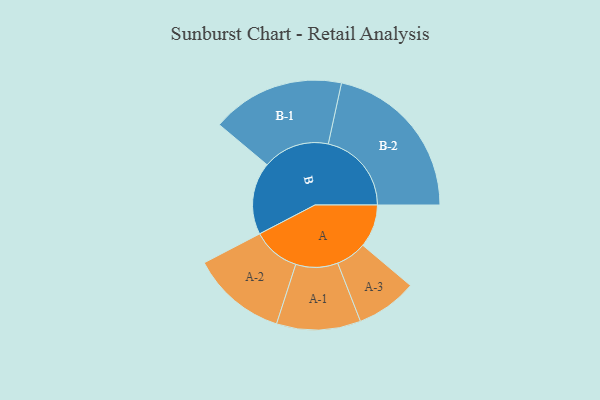
{"axis": {"x": "Segment", "y": "Value"}, "legend": ["", "A", "B"], "data": [{"x": "A", "y": 145, "type": ""}, {"x": "B", "y": 244, "type": ""}, {"x": "A-1", "y": 142, "type": "A"}, {"x": "A-2", "y": 161, "type": "A"}, {"x": "A-3", "y": 103, "type": "A"}, {"x": "B-1", "y": 225, "type": "B"}, {"x": "B-2", "y": 281, "type": "B"}]}